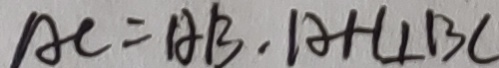
A C = A B , A H \bot B C